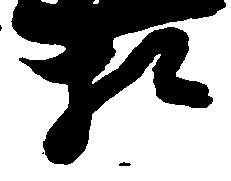
相